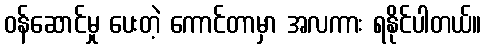
ဝန်ဆောင်မှု ပေးတဲ့ ကောင်တာမှာ အလကား ရနိုင်ပါတယ်။